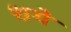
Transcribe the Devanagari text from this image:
शये